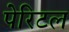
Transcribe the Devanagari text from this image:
पेरिटल